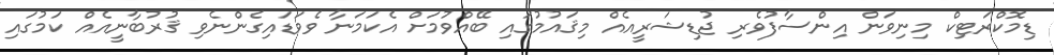
ޑިމޮކްރަޓިކް މިނިވަން އިންސާފުވެރި ޖުޑިޝަރީއެއް މިޤައުމުގައި ބޭއްވުމަށް އެކަމަނާ ވެވަޑައިގެންނެވި ޤުރުބާނީއެއް ކަމުގައި